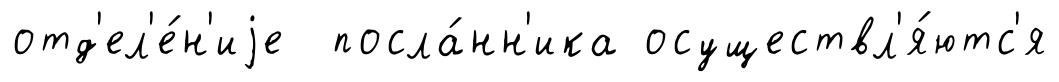
отд'ел'е́н'иjе посла́нн'ика осуществл'я́ютс'я